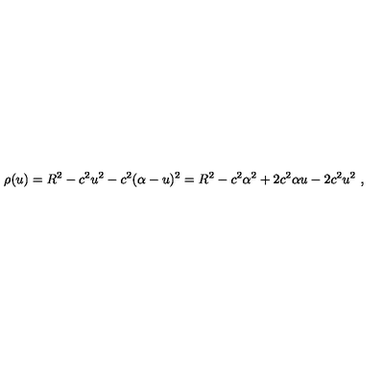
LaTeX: \rho ( u ) = R ^ { 2 } - c ^ { 2 } u ^ { 2 } - c ^ { 2 } ( \alpha - u ) ^ { 2 } = R ^ { 2 } - c ^ { 2 } \alpha ^ { 2 } + 2 c ^ { 2 } \alpha u - 2 c ^ { 2 } u ^ { 2 } \ ,